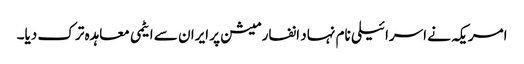
امریکہ نے اسرائیلی نام نہاد انفارمیشن پر ایران سے ایٹمی معاہدہ ترک دیا۔